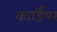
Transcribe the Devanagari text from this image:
कार्डियर